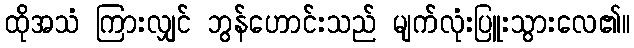
ထိုအသံ ကြားလျှင် ဘွန်ဟောင်းသည် မျက်လုံးပြူးသွားလေ၏။